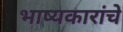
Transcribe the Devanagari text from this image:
भाष्यकारांचे